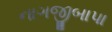
નાગજીબાપા